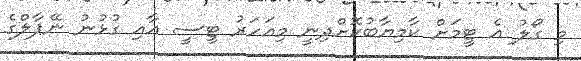
މި ގޯލު އެ ޓީމަށް ކާމިޔާބުކޮށްދިނީ މިއަހަރު ޓީސީ އާއި ގުޅުނު ނޭޕާލްގެ